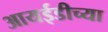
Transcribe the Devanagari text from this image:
आयईडीच्या